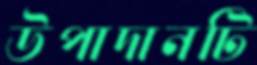
উপাদানটি